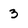
Character: 3